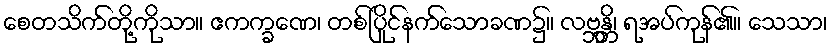
စေတသိက်တို့ကိုသာ။ ဧကက္ခဏေ၊ တစ်ပြိုင်နက်သောခဏ၌။ လဗ္ဘန္တိ၊ ရအပ်ကုန်၏။ သေသာ၊